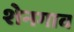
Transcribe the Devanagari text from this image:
शेनगाव